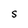
Character: S